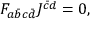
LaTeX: F _ { a \bar { b } c \bar { d } } J ^ { \bar { c } d } = 0 ,